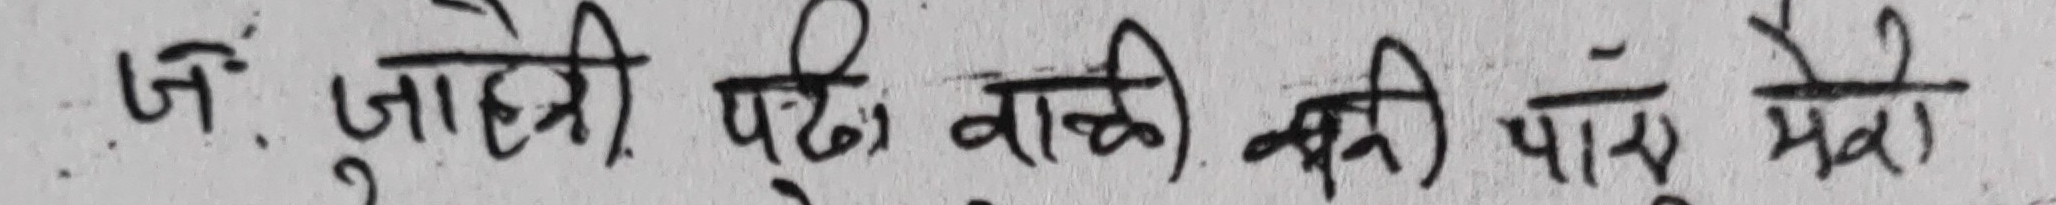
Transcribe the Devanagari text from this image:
जं, जाहेरी पर्छी वादी कती पाए मेरो